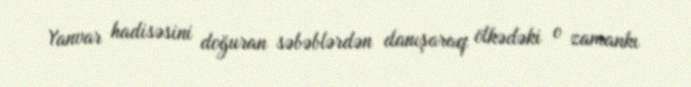
Yanvar hadisəsini doğuran səbəblərdən danışaraq ölkədəki o zamankı